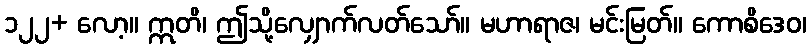
၁၂၂+ လော့။ ဣတိ၊ ဤသို့လျှောက်လတ်သော်။ မဟာရာဇ၊ မင်းမြတ်။ ကောစိဒေဝ၊